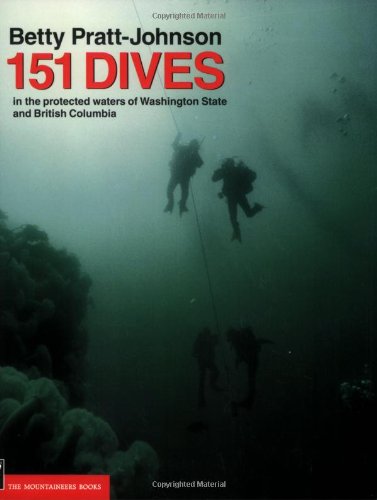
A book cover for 151 Dives in the Protected Waters of Washington State and British Columbia; Betty Pratt-Johnson; Travel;